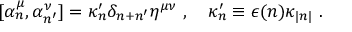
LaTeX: \lbrack \alpha _ { n } ^ { \mu } , \alpha _ { n ^ { \prime } } ^ { \nu } ] = \kappa _ { n } ^ { \prime } \delta _ { n + n ^ { \prime } } \eta ^ { \mu \nu } \, \, , \quad \kappa _ { n } ^ { \prime } \equiv \epsilon ( n ) \kappa _ { | n | } \, \, .